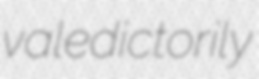
valedictorily